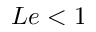
L e < 1